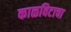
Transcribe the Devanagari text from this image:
काळविटाचा